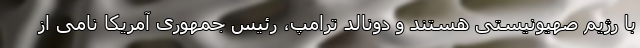
با رژیم صهیونیستی هستند و دونالد ترامپ، رئیس جمهوری آمریکا نامی از